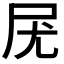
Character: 𡰽